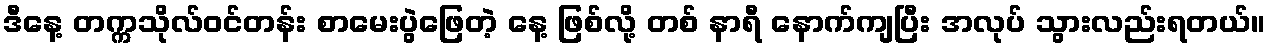
ဒီနေ့ တက္ကသိုလ်ဝင်တန်း စာမေးပွဲဖြေတဲ့ နေ့ ဖြစ်လို့ တစ် နာရီ နောက်ကျပြီး အလုပ် သွားလည်းရတယ်။